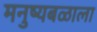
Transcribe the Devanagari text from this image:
मनुष्यबळाला